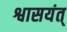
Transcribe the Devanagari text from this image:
श्वासयंत्